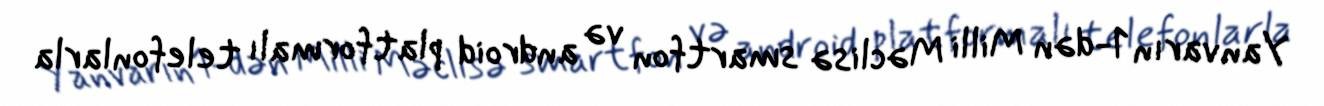
Yanvarın 1-dən Milli Məclisə smartfon və android platformalı telefonlarla